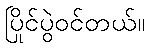
ပြိုင်ပွဲဝင်တယ်။